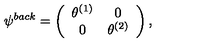
\psi ^ { b a c k } = \left( \begin{array} { c c } { \theta ^ { ( 1 ) } } & { 0 } \\ { 0 } & { \theta ^ { ( 2 ) } } \\ \end{array} \right) ,